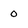
Character: 0